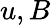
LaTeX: u,B